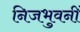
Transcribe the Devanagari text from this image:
निजभुवनीं